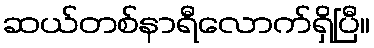
ဆယ်တစ်နာရီလောက်ရှိပြီ။